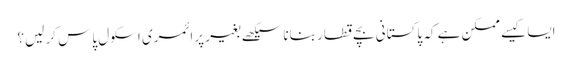
ایسا کیسے ممکن ہے کہ پاکستانی بچے قطار بنانا سیکھے بغیر پرائمری اسکول پاس کر لیں؟